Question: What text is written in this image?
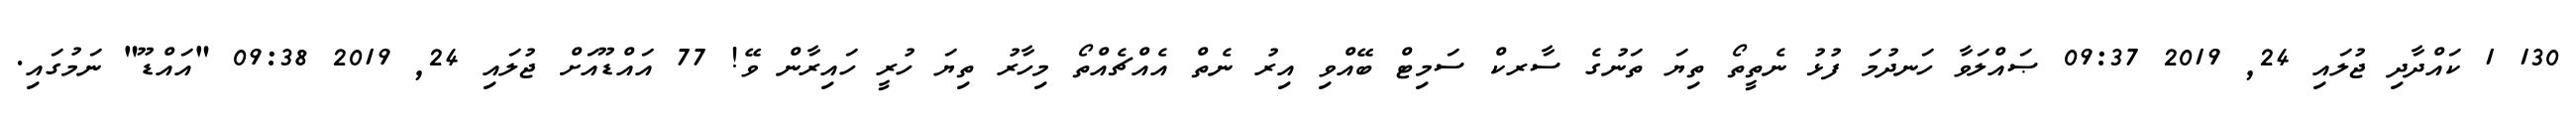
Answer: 130 1 ކައްދާދި ޖުލައި 24, 2019 09:37 ޞައްލަވާ ހަނދުމަ ފުޅު ނެތީތޯ ތިޔަ ތަނުގެ ސާރކް ސަމިޓް ބޭއްވި އިރު ނެތް އެއްޗެއްތޯ މިހާރު ތިޔަ ހުރީ ހައިރާން ވޭ! 77 އައްޑޫއަށް ޖުލައި 24, 2019 09:38 "އައްޑޫ" ނަމުގައި.